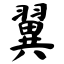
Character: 翼